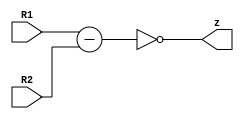
module Comp 
#(parameter WIDTH = 8) 
(
    input [WIDTH-1:0] R1, R2,               //inputs comes from AC and bus
    output wire z                           //control signal for Jump instructions
);

reg [WIDTH-1:0] value;
reg flagOut;
always @(*) begin
    value <= R1-R2; 
	flagOut <= (value == 8'b0);
end

assign z = flagOut;
    
endmodule